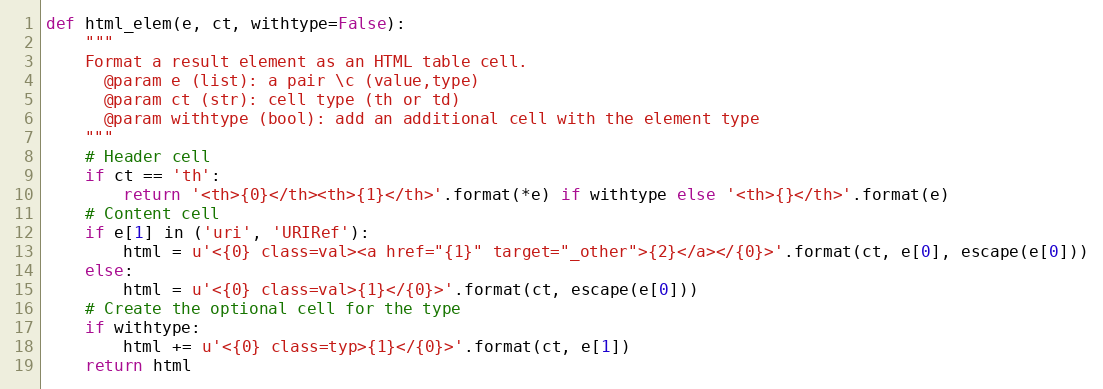
Language: Python
def html_elem(e, ct, withtype=False):
    """
    Format a result element as an HTML table cell.
      @param e (list): a pair \c (value,type)
      @param ct (str): cell type (th or td)
      @param withtype (bool): add an additional cell with the element type
    """
    # Header cell
    if ct == 'th':
        return '<th>{0}</th><th>{1}</th>'.format(*e) if withtype else '<th>{}</th>'.format(e)
    # Content cell
    if e[1] in ('uri', 'URIRef'):
        html = u'<{0} class=val><a href="{1}" target="_other">{2}</a></{0}>'.format(ct, e[0], escape(e[0]))
    else:
        html = u'<{0} class=val>{1}</{0}>'.format(ct, escape(e[0]))
    # Create the optional cell for the type
    if withtype:
        html += u'<{0} class=typ>{1}</{0}>'.format(ct, e[1])
    return html